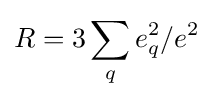
R=3\sum _{q}e_{q}^{2}/e^{2}